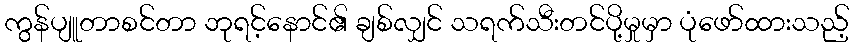
ကွန်ပျူတာစင်တာ ဘုရင့်နောင်၏ ချစ်လျှင် သရက်သီးတင်ပို့မှုမှာ ပုံဖော်ထားသည့်